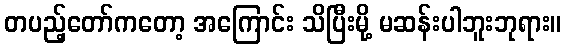
တပည့်တော်ကတော့ အကြောင်း သိပြီးမို့ မဆန်းပါဘူးဘုရား။